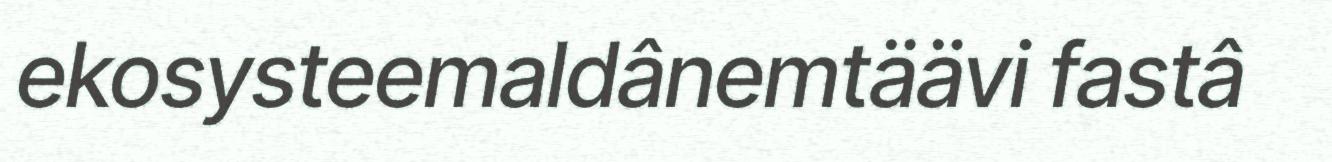
ekosysteemaldânemtäävi fastâ